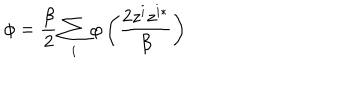
\phi = \frac { \beta } { 2 } \sum _ { i } ^ { } \varphi \left( \frac { 2 z ^ { i } z ^ { i * } } { \beta } \right)